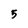
Character: 5